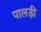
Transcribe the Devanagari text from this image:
पालड़ी